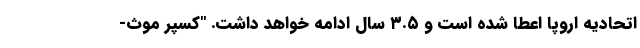
اتحادیه اروپا اعطا شده است و ۳.۵ سال ادامه خواهد داشت. "کسپر موث-